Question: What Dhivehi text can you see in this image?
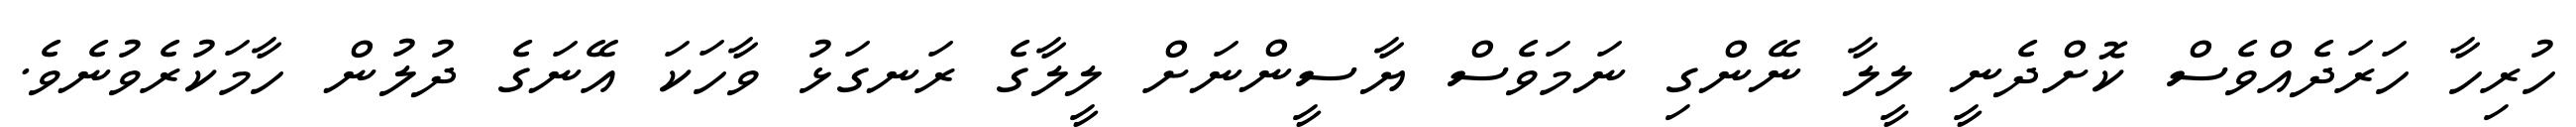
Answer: ހުރިހާ ހަރަދެއްވެސް ކޮށްދެނީ ލީލާ ނޭންގި ނަމަވެސް ޔާސީންނަށް ލީލާގެ ރަނގަޅު ވާހަކަ އޭނަގެ ދުލުން ހާމަކުރެވުނެވެ.